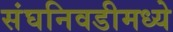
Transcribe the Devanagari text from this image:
संघनिवडीमध्ये